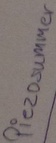
Text: Piezosummer